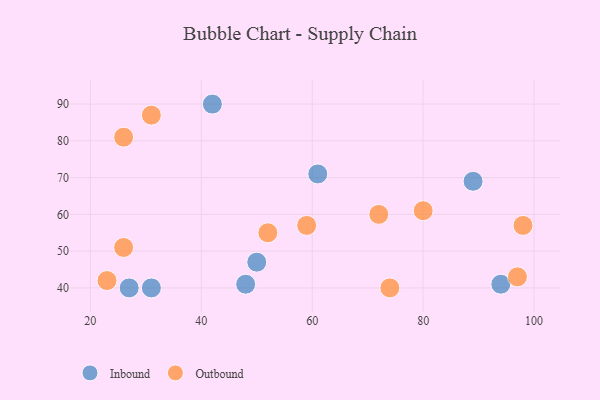
{"axis": {"x": "GDP", "y": "Life Expectancy"}, "legend": ["Inbound", "Outbound"], "data": [{"x": "48", "y": 41, "type": "Inbound"}, {"x": "61", "y": 71, "type": "Inbound"}, {"x": "27", "y": 40, "type": "Inbound"}, {"x": "31", "y": 40, "type": "Inbound"}, {"x": "89", "y": 69, "type": "Inbound"}, {"x": "42", "y": 90, "type": "Inbound"}, {"x": "50", "y": 47, "type": "Inbound"}, {"x": "94", "y": 41, "type": "Inbound"}, {"x": "97", "y": 43, "type": "Outbound"}, {"x": "98", "y": 57, "type": "Outbound"}, {"x": "80", "y": 61, "type": "Outbound"}, {"x": "31", "y": 87, "type": "Outbound"}, {"x": "74", "y": 40, "type": "Outbound"}, {"x": "23", "y": 42, "type": "Outbound"}, {"x": "52", "y": 55, "type": "Outbound"}, {"x": "72", "y": 60, "type": "Outbound"}, {"x": "26", "y": 81, "type": "Outbound"}, {"x": "26", "y": 51, "type": "Outbound"}, {"x": "59", "y": 57, "type": "Outbound"}]}